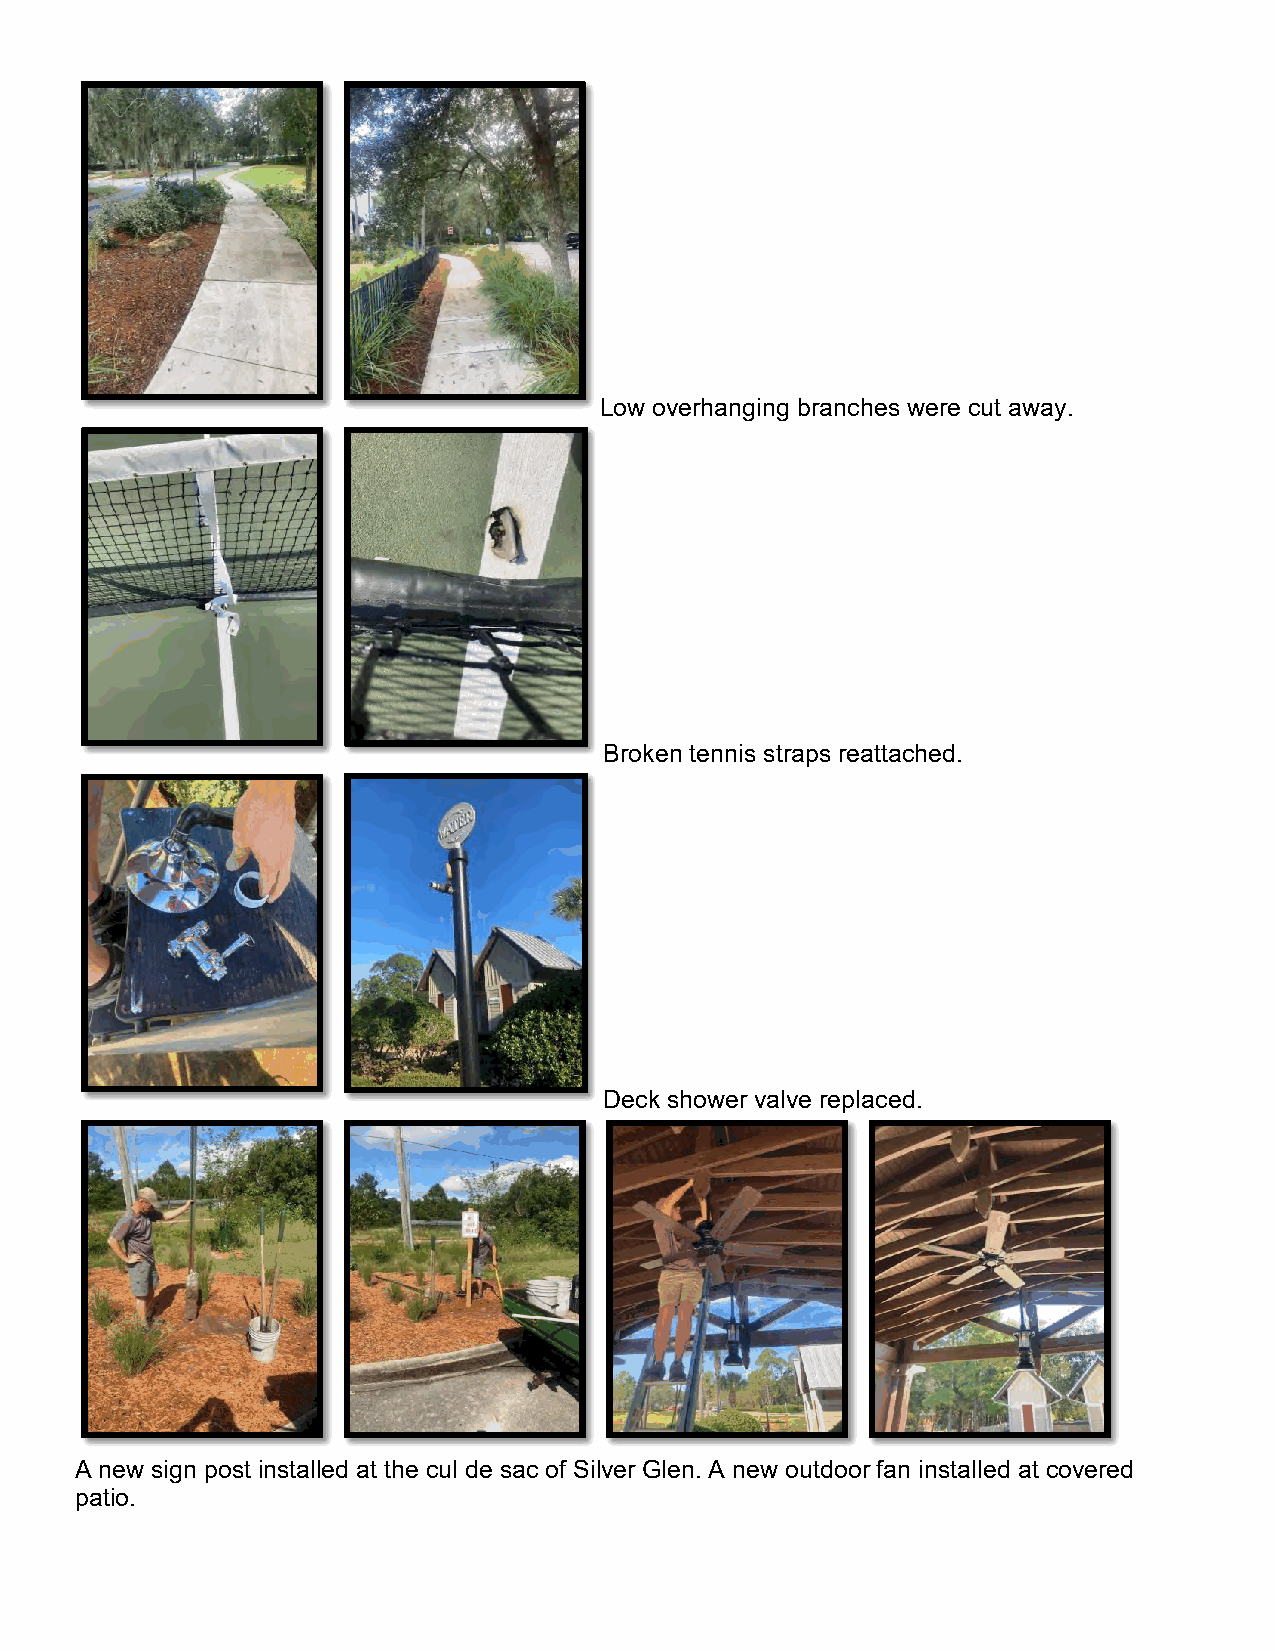
Low overhanging branches were cut away.
 Broken tennis straps reattached.
 Deck shower valve replaced.
 A new sign post installed at the cul de sac of Silver Glen. A new outdoor fan installed at covered
 patio.